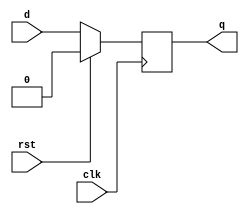
/*****************************************
    D Flip-Flop Positive edge triggred
    Synchronous Reset - Active High
*****************************************/

module dff_Pe_SHr (q,d,clk,rst);
output reg q;
input d,clk,rst;

always @(posedge clk) begin
    if(rst)
        q<=1'b0;
    else    
        q<=d;
end


endmodule